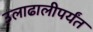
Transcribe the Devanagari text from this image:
उलाढालीपर्यंत